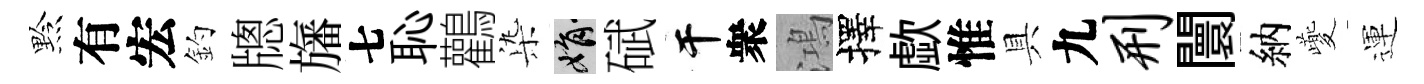
黔有宏釣牕旛七恥鸛𣑱娟碔干衆鴻擇歔惟具九刑闤納夔運